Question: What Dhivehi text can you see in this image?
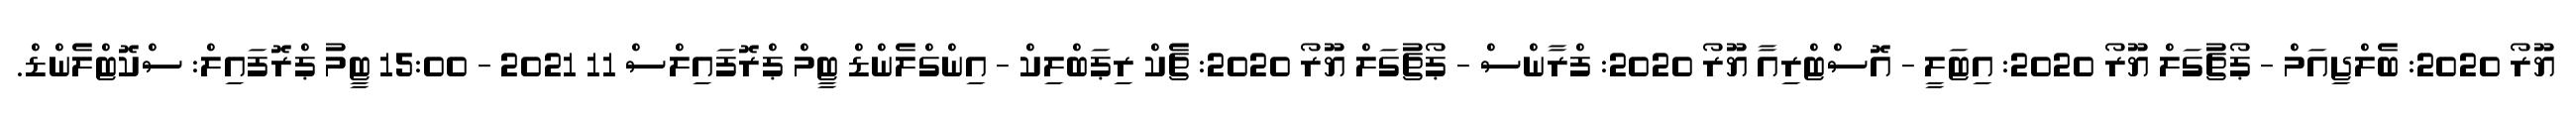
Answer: ޔޫރޯ 2020: ބެލްޖިއަމް - ޕޯޗުގަލް ޔޫރޯ 2020: އިޓަލީ - އޮސްޓްރިއާ ޔޫރޯ 2020: ފްރާންސް - ޕޯޗުގަލް ޔޫރޯ 2020: ޗެކް ރިޕަބްލިކް - އިންގްލެންޑް ޓީމް ޕްރޮފައިލްސް 11 2021 - 15:00 ޓީމު ޕްރޮފައިލް: ސްކޮޓްލެންޑް.